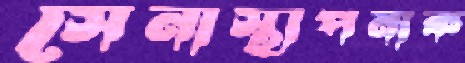
সেনাস্থাপনাক